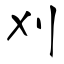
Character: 刈